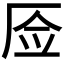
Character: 𰆚